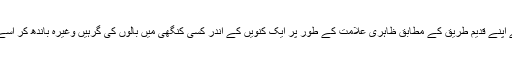
اور انہوں نے اپنے قدیم طریق کے مطابق ظاہری علامت کے طور پر ایک کنویں کے اندر کسی کنگھی میں بالوں کی گرہیں وغیرہ باندھ کر اسے بھی دبا دیا۔